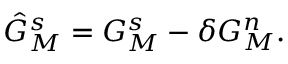
\hat { G } _ { M } ^ { s } = G _ { M } ^ { s } - \delta G _ { M } ^ { n } .